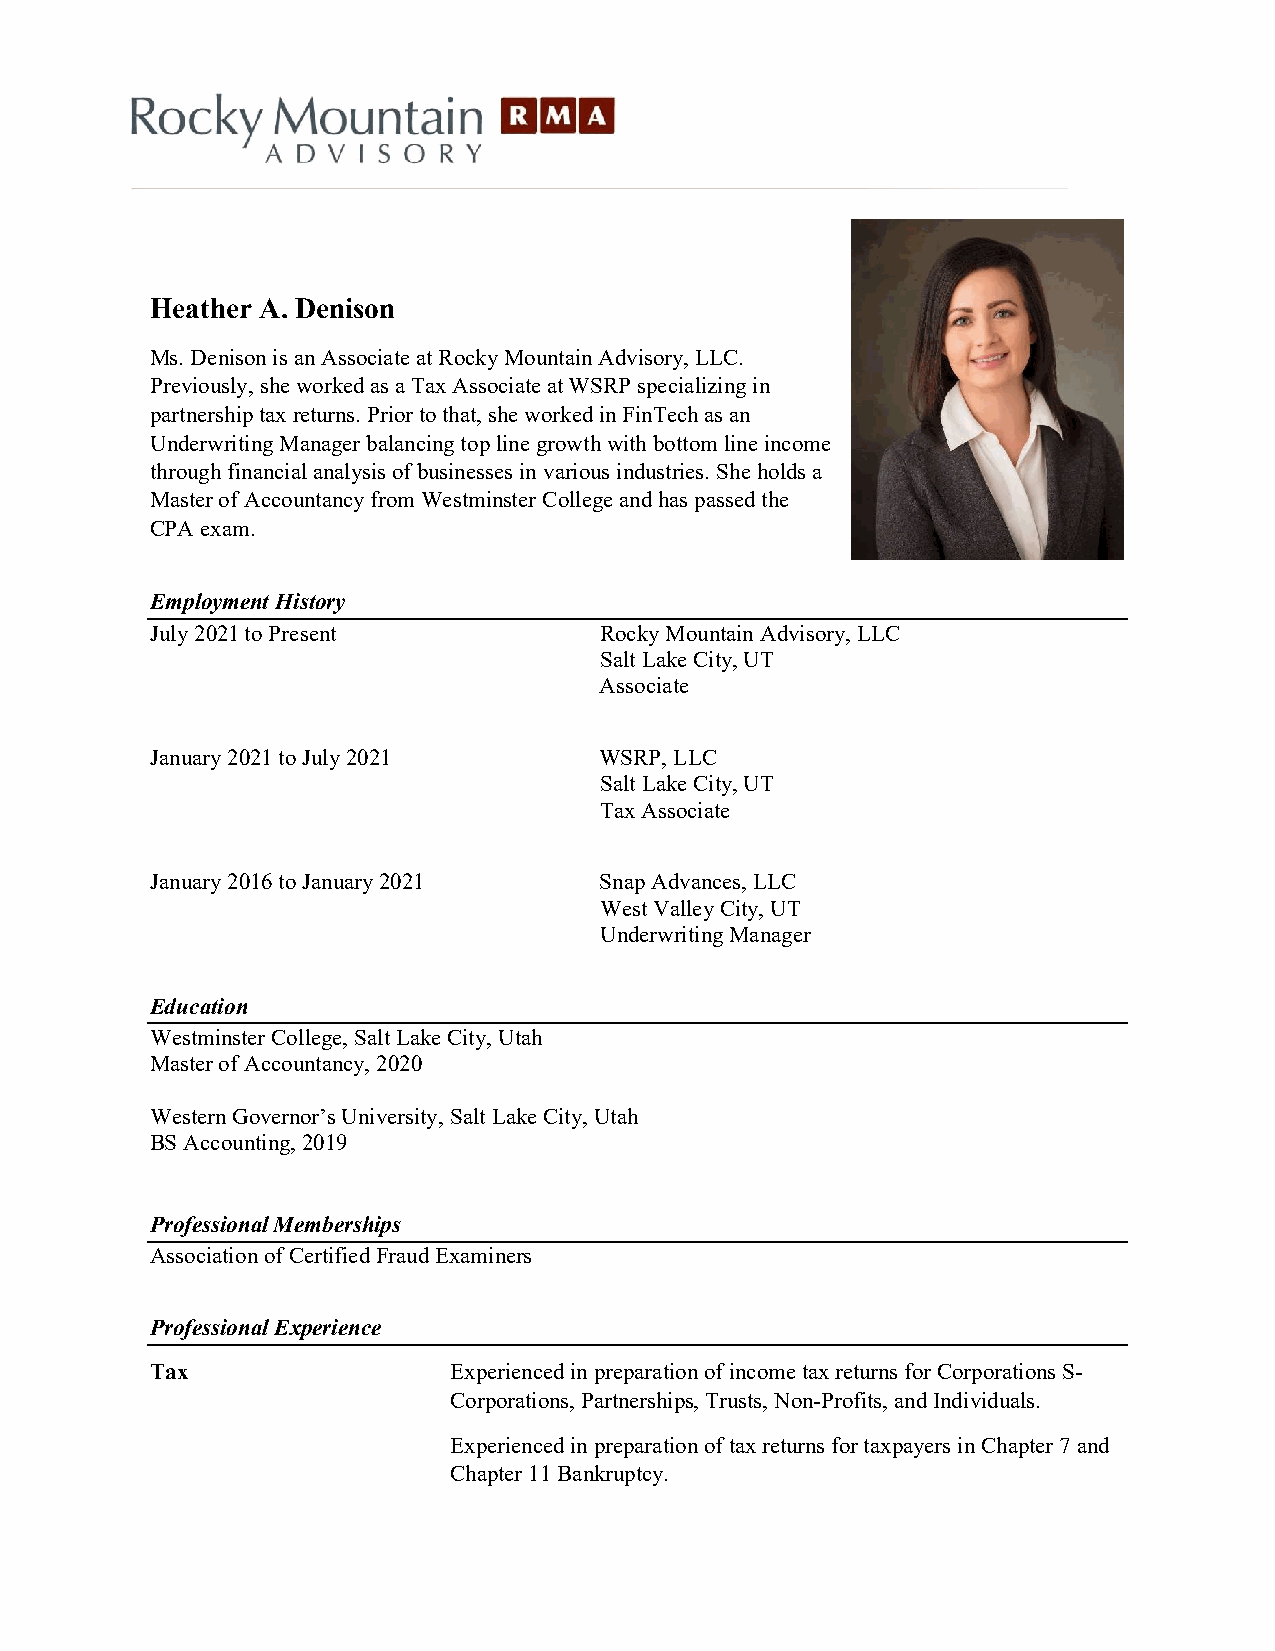
Heather A. Denison
 Ms. Denison is an Associate at Rocky Mountain Advisory, LLC.
 Previously, she worked as a Tax Associate at WSRP specializing in
 partnership tax returns. Prior to that, she worked in FinTech as an
 Underwriting Manager balancing top line growth with bottom line income
 through financial analysis of businesses in various industries. She holds a
 Master of Accountancy from Westminster College and has passed the
 CPA exam.
 Employment History
 July 2021 to Present          Rocky Mountain Advisory, LLC
 Salt Lake City, UT
 Associate
 January 2021 to July 2021     WSRP, LLC
 Salt Lake City, UT
 Tax Associate
 January 2016 to January 2021  Snap Advances, LLC
 West Valley City, UT
 Underwriting Manager
 Education
 Westminster College, Salt Lake City, Utah
 Master of Accountancy, 2020
 Western Governor’s University, Salt Lake City, Utah
 BS Accounting, 2019
 Professional Memberships
 Association of Certified Fraud Examiners
 Professional Experience
 Tax                 Experienced in preparation of income tax returns for Corporations S-
 Corporations, Partnerships, Trusts, Non-Profits, and Individuals.
 Experienced in preparation of tax returns for taxpayers in Chapter 7 and
 Chapter 11 Bankruptcy.